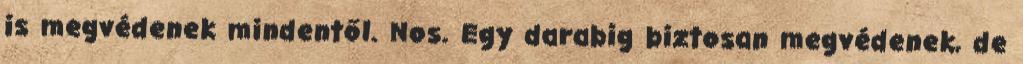
is megvédenek mindentől. Nos. Egy darabig biztosan megvédenek, de